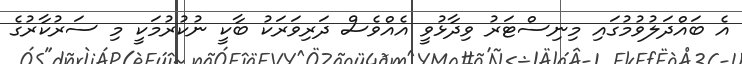
އެ ބައްދަލުވުމުގައި މިނިސްޓަރު ވިދާޅުވީ އެއްވެސް ދަރިވަރަކު ބާކީ ނުކުރުމަކީ މި ސަރުކާރުގެ